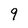
Character: 9